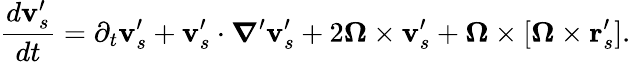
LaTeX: \frac{d\mathbf v_{s}^{\prime}}{dt}=\partial_{t}\mathbf v_{s}^{\prime}+\mathbf v_{s}^{\prime}\cdot\boldsymbol\nabla^{\prime}\mathbf v_{s}^{\prime}+2\boldsymbol\Omega\times\mathbf v_{s}^{\prime}+\boldsymbol\Omega\times[\boldsymbol\Omega\times\mathbf r_{s}^{\prime}].